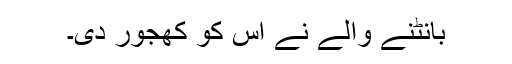
بانٹنے والے نے اس کو کھجور دی۔